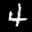
Label: 4